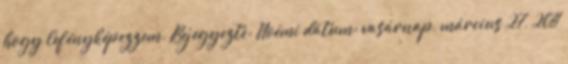
hogy lefényképezzem. Bejegyezte: Noémi dátum: vasárnap, március 27, 2011